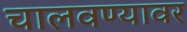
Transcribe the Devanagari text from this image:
चालवण्यावर